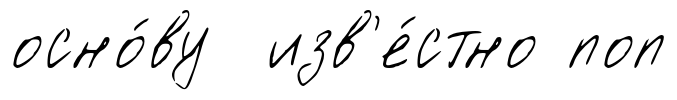
осно́ву изв'е́стно поп